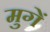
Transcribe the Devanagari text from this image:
मुगें